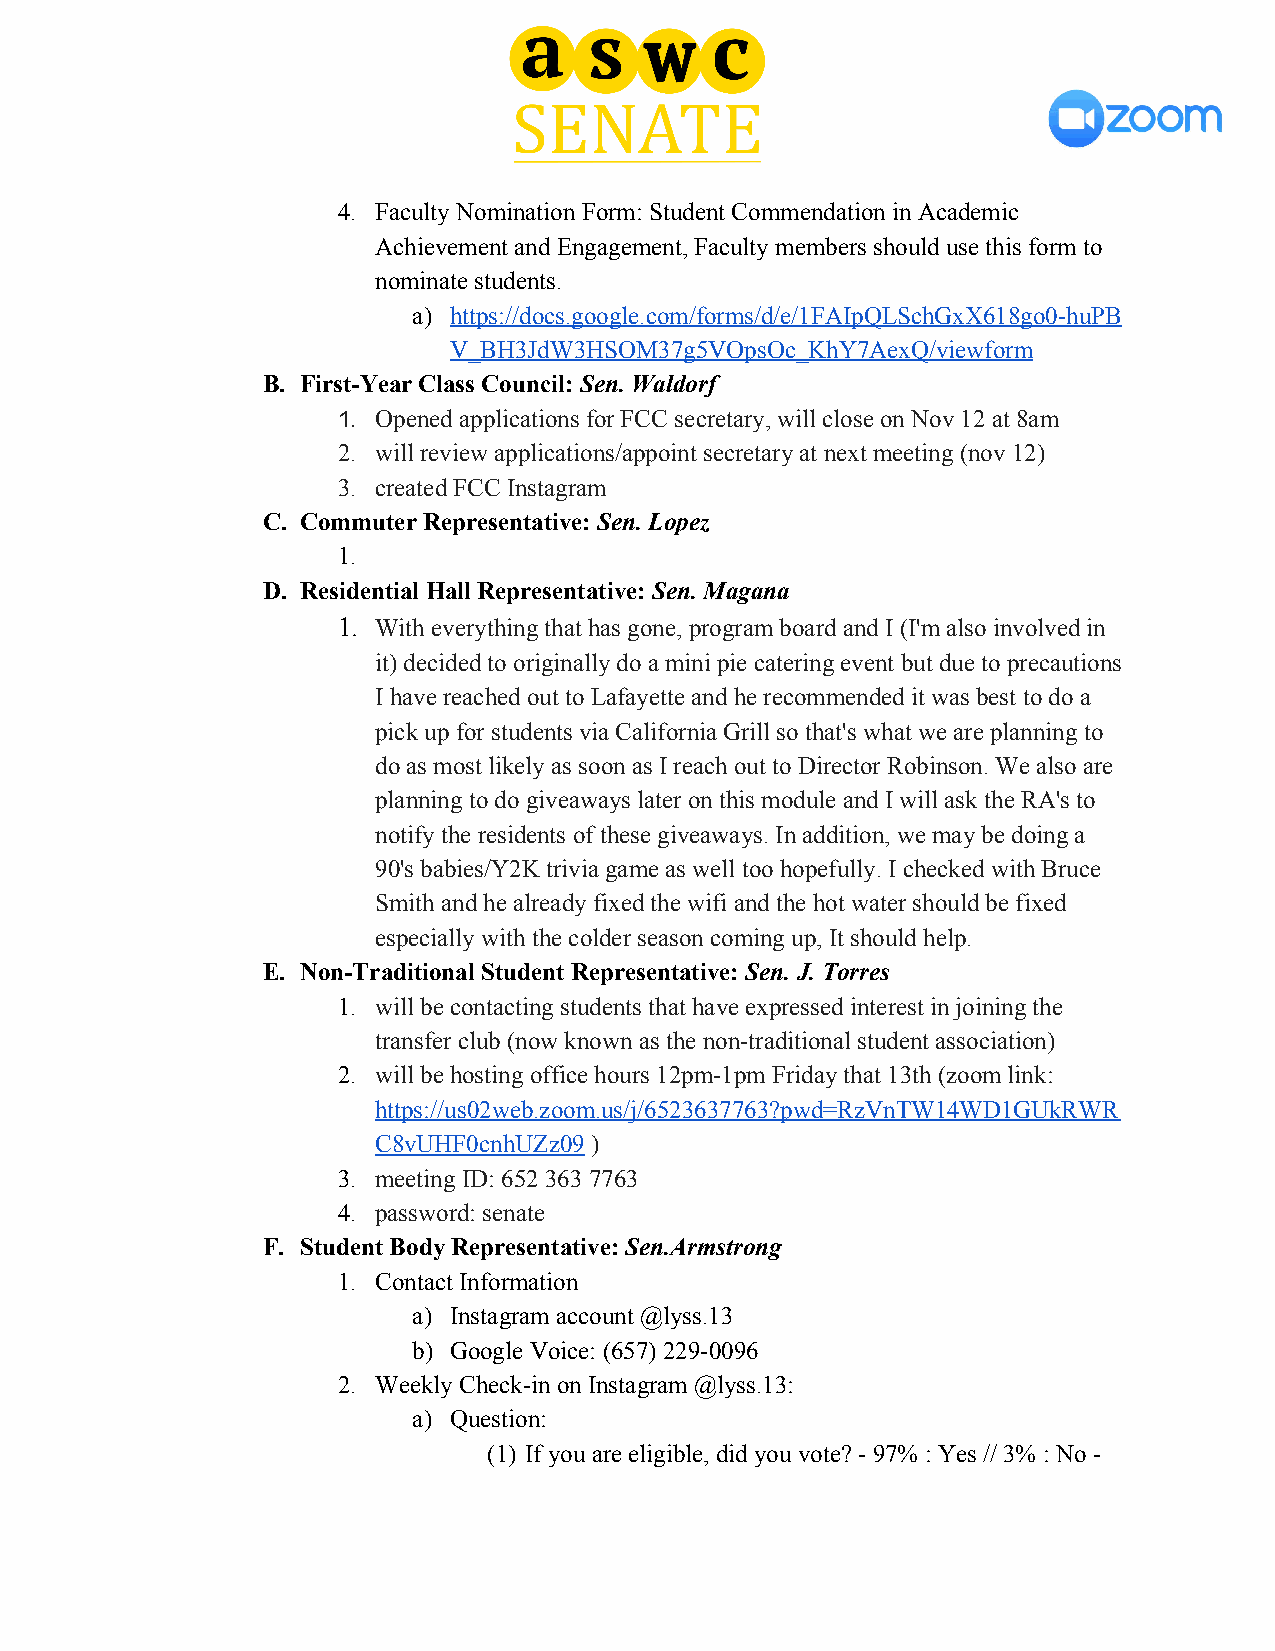
4. Faculty Nomination Form: Student Commendation in Academic
 Achievement and Engagement, Faculty members should use this form to
 nominate students.
 a) https://docs.google.com/forms/d/e/1FAIpQLSchGxX618go0-huPB
 V_BH3JdW3HSOM37g5VOpsOc_KhY7AexQ/viewform
 B. First-Year Class Council: Sen. Waldorf
 ​
 1. Opened applications for FCC secretary, will close on Nov 12 at 8am
 2. will review applications/appoint secretary at next meeting (nov 12)
 3. created FCC Instagram
 C. Commuter Representative: Sen. Lopez
 ​
 1.
 D. Residential Hall Representative: Sen. Magana
 ​
 1. With everything that has gone, program board and I (I'm also involved in
 it) decided to originally do a mini pie catering event but due to precautions
 I have reached out to Lafayette and he recommended it was best to do a
 pick up for students via California Grill so that's what we are planning to
 do as most likely as soon as I reach out to Director Robinson. We also are
 planning to do giveaways later on this module and I will ask the RA's to
 notify the residents of these giveaways. In addition, we may be doing a
 90's babies/Y2K trivia game as well too hopefully. I checked with Bruce
 Smith and he already fixed the wifi and the hot water should be fixed
 especially with the colder season coming up, It should help.
 E. Non-Traditional Student Representative: Sen. J. Torres
 ​
 1. will be contacting students that have expressed interest in joining the
 transfer club (now known as the non-traditional student association)
 2. will be hosting office hours 12pm-1pm Friday that 13th (zoom link:
 https://us02web.zoom.us/j/6523637763?pwd=RzVnTW14WD1GUkRWR
 C8vUHF0cnhUZz09 )
 ​
 3. meeting ID: 652 363 7763
 4. password: senate
 F. Student Body Representative: Sen.Armstrong
 ​
 1. Contact Information
 a) Instagram account @lyss.13
 b) Google Voice: (657) 229-0096
 2. Weekly Check-in on Instagram @lyss.13:
 a) Question:
 (1) If you are eligible, did you vote? - 97% : Yes // 3% : No -